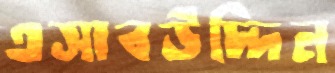
এসাবউদ্দিন